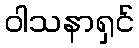
ဝါသနာရှင်